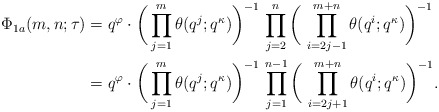
\begin{align*}\Phi_{1a}(m,n;\tau)&=q^{\varphi}\cdot \bigg(\prod_{j=1}^m \theta(q^j;q^\kappa)\bigg)^{-1} \,\prod_{j=2}^n\bigg(\,\prod_{i=2j-1}^{m+n}\theta(q^i;q^\kappa)\bigg)^{-1}\\&=q^{\varphi}\cdot \bigg(\prod_{j=1}^m\theta(q^j;q^\kappa)\bigg)^{-1} \,\prod_{j=1}^{n-1}\bigg(\,\prod_{i=2j+1}^{m+n}\theta(q^i;q^\kappa)\bigg)^{-1}.\end{align*}